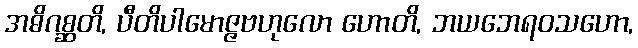
အဓိဂစ္ဆတိ, ပီတိပါမောဇ္ဇဗဟုလော ဟောတိ, ဘယဘေရဝသဟော,